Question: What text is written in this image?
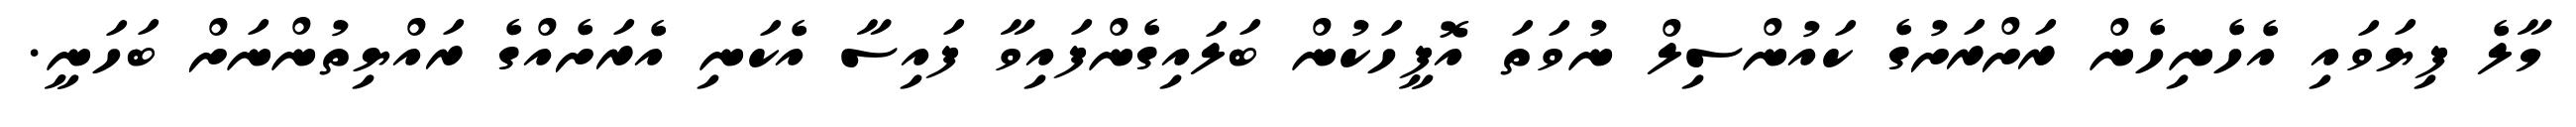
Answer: މާލެ ފިޔަވައި އެހެނިހެން ރަށްރަށުގެ ކައުންސިލް ނުވަތަ އޮފީހަކުން ބަލައިގެންފައިވާ ފައިސާ އެކަނި އެރަށެއްގެ ރައްޔިތުންނަށް ބަހަނީ.